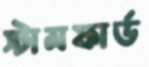
স্টামফার্ড